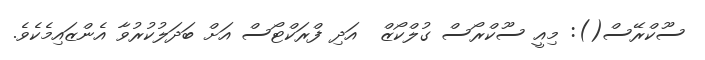
ސޫކްރޭސް(): މިއީ ސޫކްރޯސް ގުލްކޯޒް  އަދި ފްރަކްޓޯސް އަށް ބަދަލުކުރުވާ އެންޒައިމެކެވެ.